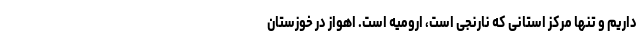
داریم و تنها مرکز استانی که نارنجی است، ارومیه است. اهواز در خوزستان